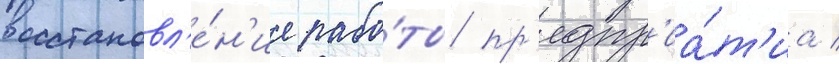
восстановл'е́н'ие рабо́ты пр'едпр'иа́т'иа /